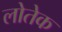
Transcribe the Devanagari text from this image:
लोतेक